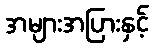
အများအပြားနှင့်